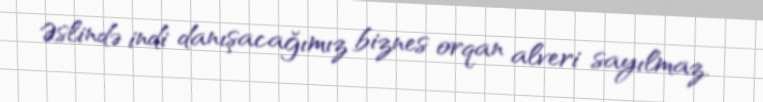
Əslində indi danışacağımız biznes orqan alveri sayılmaz.